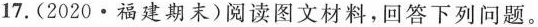
17.(2020·福建期末)阅读图文材料，回答下列问题。